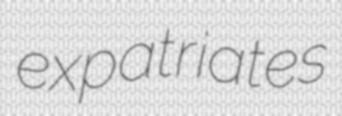
expatriates